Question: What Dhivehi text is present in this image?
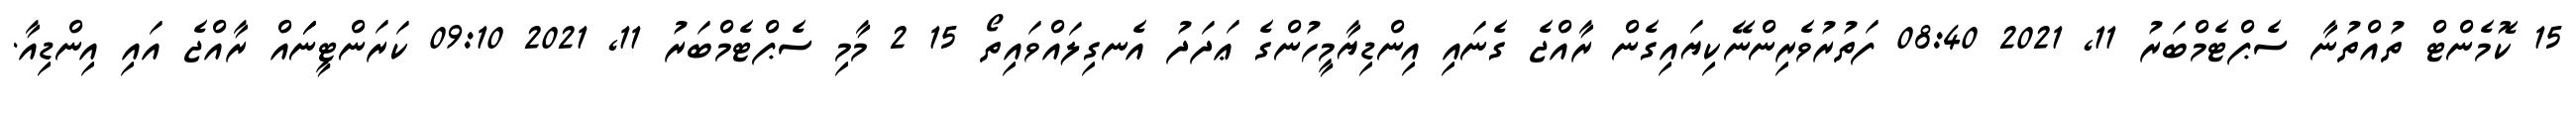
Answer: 15 ކޮމެންޓް ތުއްތުނާ ސެޕްޓެމްބަރު 11, 2021 08:40 ފަތުރުވެރިންނޭކިޔައިގެން ރާއްޖެ ގެނައި އިންޑިޔާމީހުންގެ ޢަދަދު އެނގިލައްވައިތޯ 15 2 މާމި ސެޕްޓެމްބަރު 11, 2021 09:10 ކަރަންޓީނަައް ރާއްޖެ އައި އިންޑިއާ.